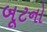
બૂટનો